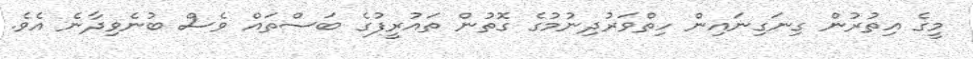
މީގެ އިތުރުން ގިނަގިނައިން ހިތްވަރުދިނުމުގެ ގޮތުން ތައުރީފުގެ ބަސްތައް ވެސް ބުނެވިދާނެ އެވެ.